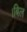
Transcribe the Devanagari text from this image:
।बिल